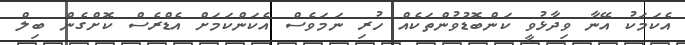
އެކަމަކު އޭނާ ވިދާޅުވީ ކަންބޮޑުވުންތަކެއް ހުރި ނަމަވެސް އެކަންކަމަށް އެޑްރެސް ކޮށްގެން ބިލް